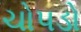
ચોપડો